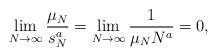
LaTeX: \begin{align*}\lim_{N \rightarrow \infty} \frac{\mu_N}{s_N^a} = \lim_{N \rightarrow \infty} \frac{1}{\mu_N N^a} = 0,\end{align*}